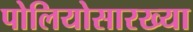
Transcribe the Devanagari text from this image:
पोलियोसारख्या